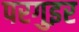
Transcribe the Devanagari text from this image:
परगुइर